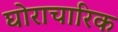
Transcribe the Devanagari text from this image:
घोराचारिक